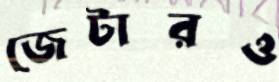
জেটারও